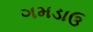
ગમડાઉ